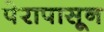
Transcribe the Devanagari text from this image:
पेरापासून